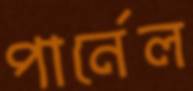
পার্নেল